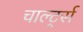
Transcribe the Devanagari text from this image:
चार्ल्ट्स